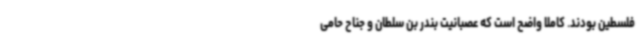
فلسطین بودند. کاملاً واضح است که عصبانیت بندر بن سلطان و جناح حامی